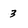
Character: 3